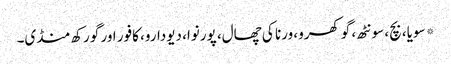
* سویا، بچ، سونٹھ، گوکھرو، ورنا کی چھال، پورنوا، دیودارو، کافور اور گورکھ منڈی۔